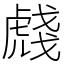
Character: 虥